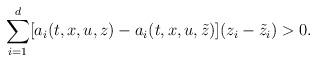
LaTeX: \begin{align*}\sum_{i=1}^{d} [a_i(t,x,u,z) - a_i(t,x,u,\tilde{z})](z_i - \tilde{z}_i) > 0.\end{align*}